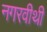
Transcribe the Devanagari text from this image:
नगरवीथी